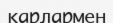
қарлармен